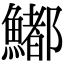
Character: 𩼁